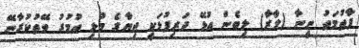
ފާތުމަތު ނީނާ (ލާރާ) ލިބެން އުޅޭ ދަރިފުޅަކީ ޖިޔާގެ މުޅި އުމުރު ވޭތުކުރާނޭ